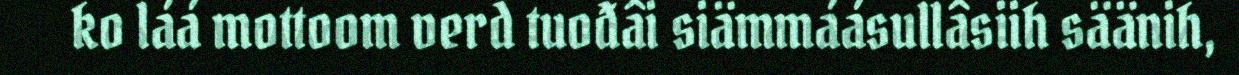
ko láá mottoom verd tuođâi siämmáásullâsiih säänih,